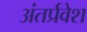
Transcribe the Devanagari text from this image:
अंतर्प्रवेश